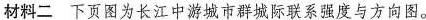
材料二下页图为长江中游城市群城际联系强度与方向图。